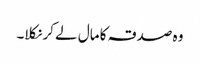
وہ صدقہ کا مال لے کر نکلا۔